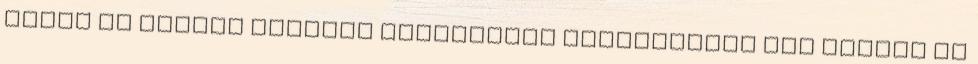
Ezért az egyéni életben jelentkező fájdalmakat sem nyomja el